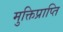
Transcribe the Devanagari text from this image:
मुक्तिप्राप्ति